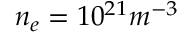
n _ { e } = 1 0 ^ { 2 1 } m ^ { - 3 }